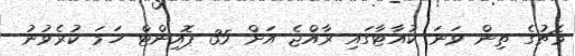
މެޗުގެ ތިން ވަނަ ކުއާޓާގައި ރާއްޖެ އަށް 35 ޕޮއިންޓް ހަމަ ކުރެވުނު